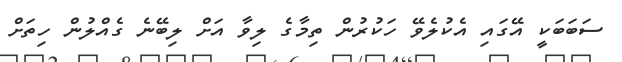
ސަބަބަކީ އޭގައި އެކުލެވޭ ހަކުރުން ތިމާގެ ލިވާ އަށް ލިބޭނެ ގެއްލުން ހިތަށް